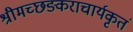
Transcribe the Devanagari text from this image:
श्रीमच्छङ्कराचार्यकृतं